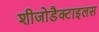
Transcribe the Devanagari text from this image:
शीजोडैक्टाइलस